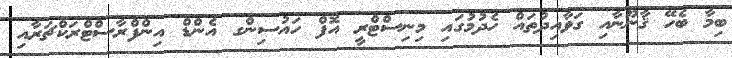
ބިމާ ބެހޭ ޤާނޫނާއި ގަވާއިދުތައް ހެދުމުގައި މިނިސްޓްރީ އޮފް ހައުސިންގ އެންޑް އިންފްރާސްޓްރަކްޗަރާއި